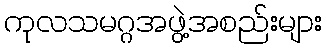
ကုလသမဂ္ဂအဖွဲ့အစည်းများ